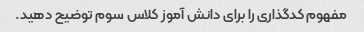
مفهوم کدگذاری را برای دانش آموز کلاس سوم توضیح دهید.